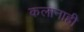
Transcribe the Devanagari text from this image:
कलानाही